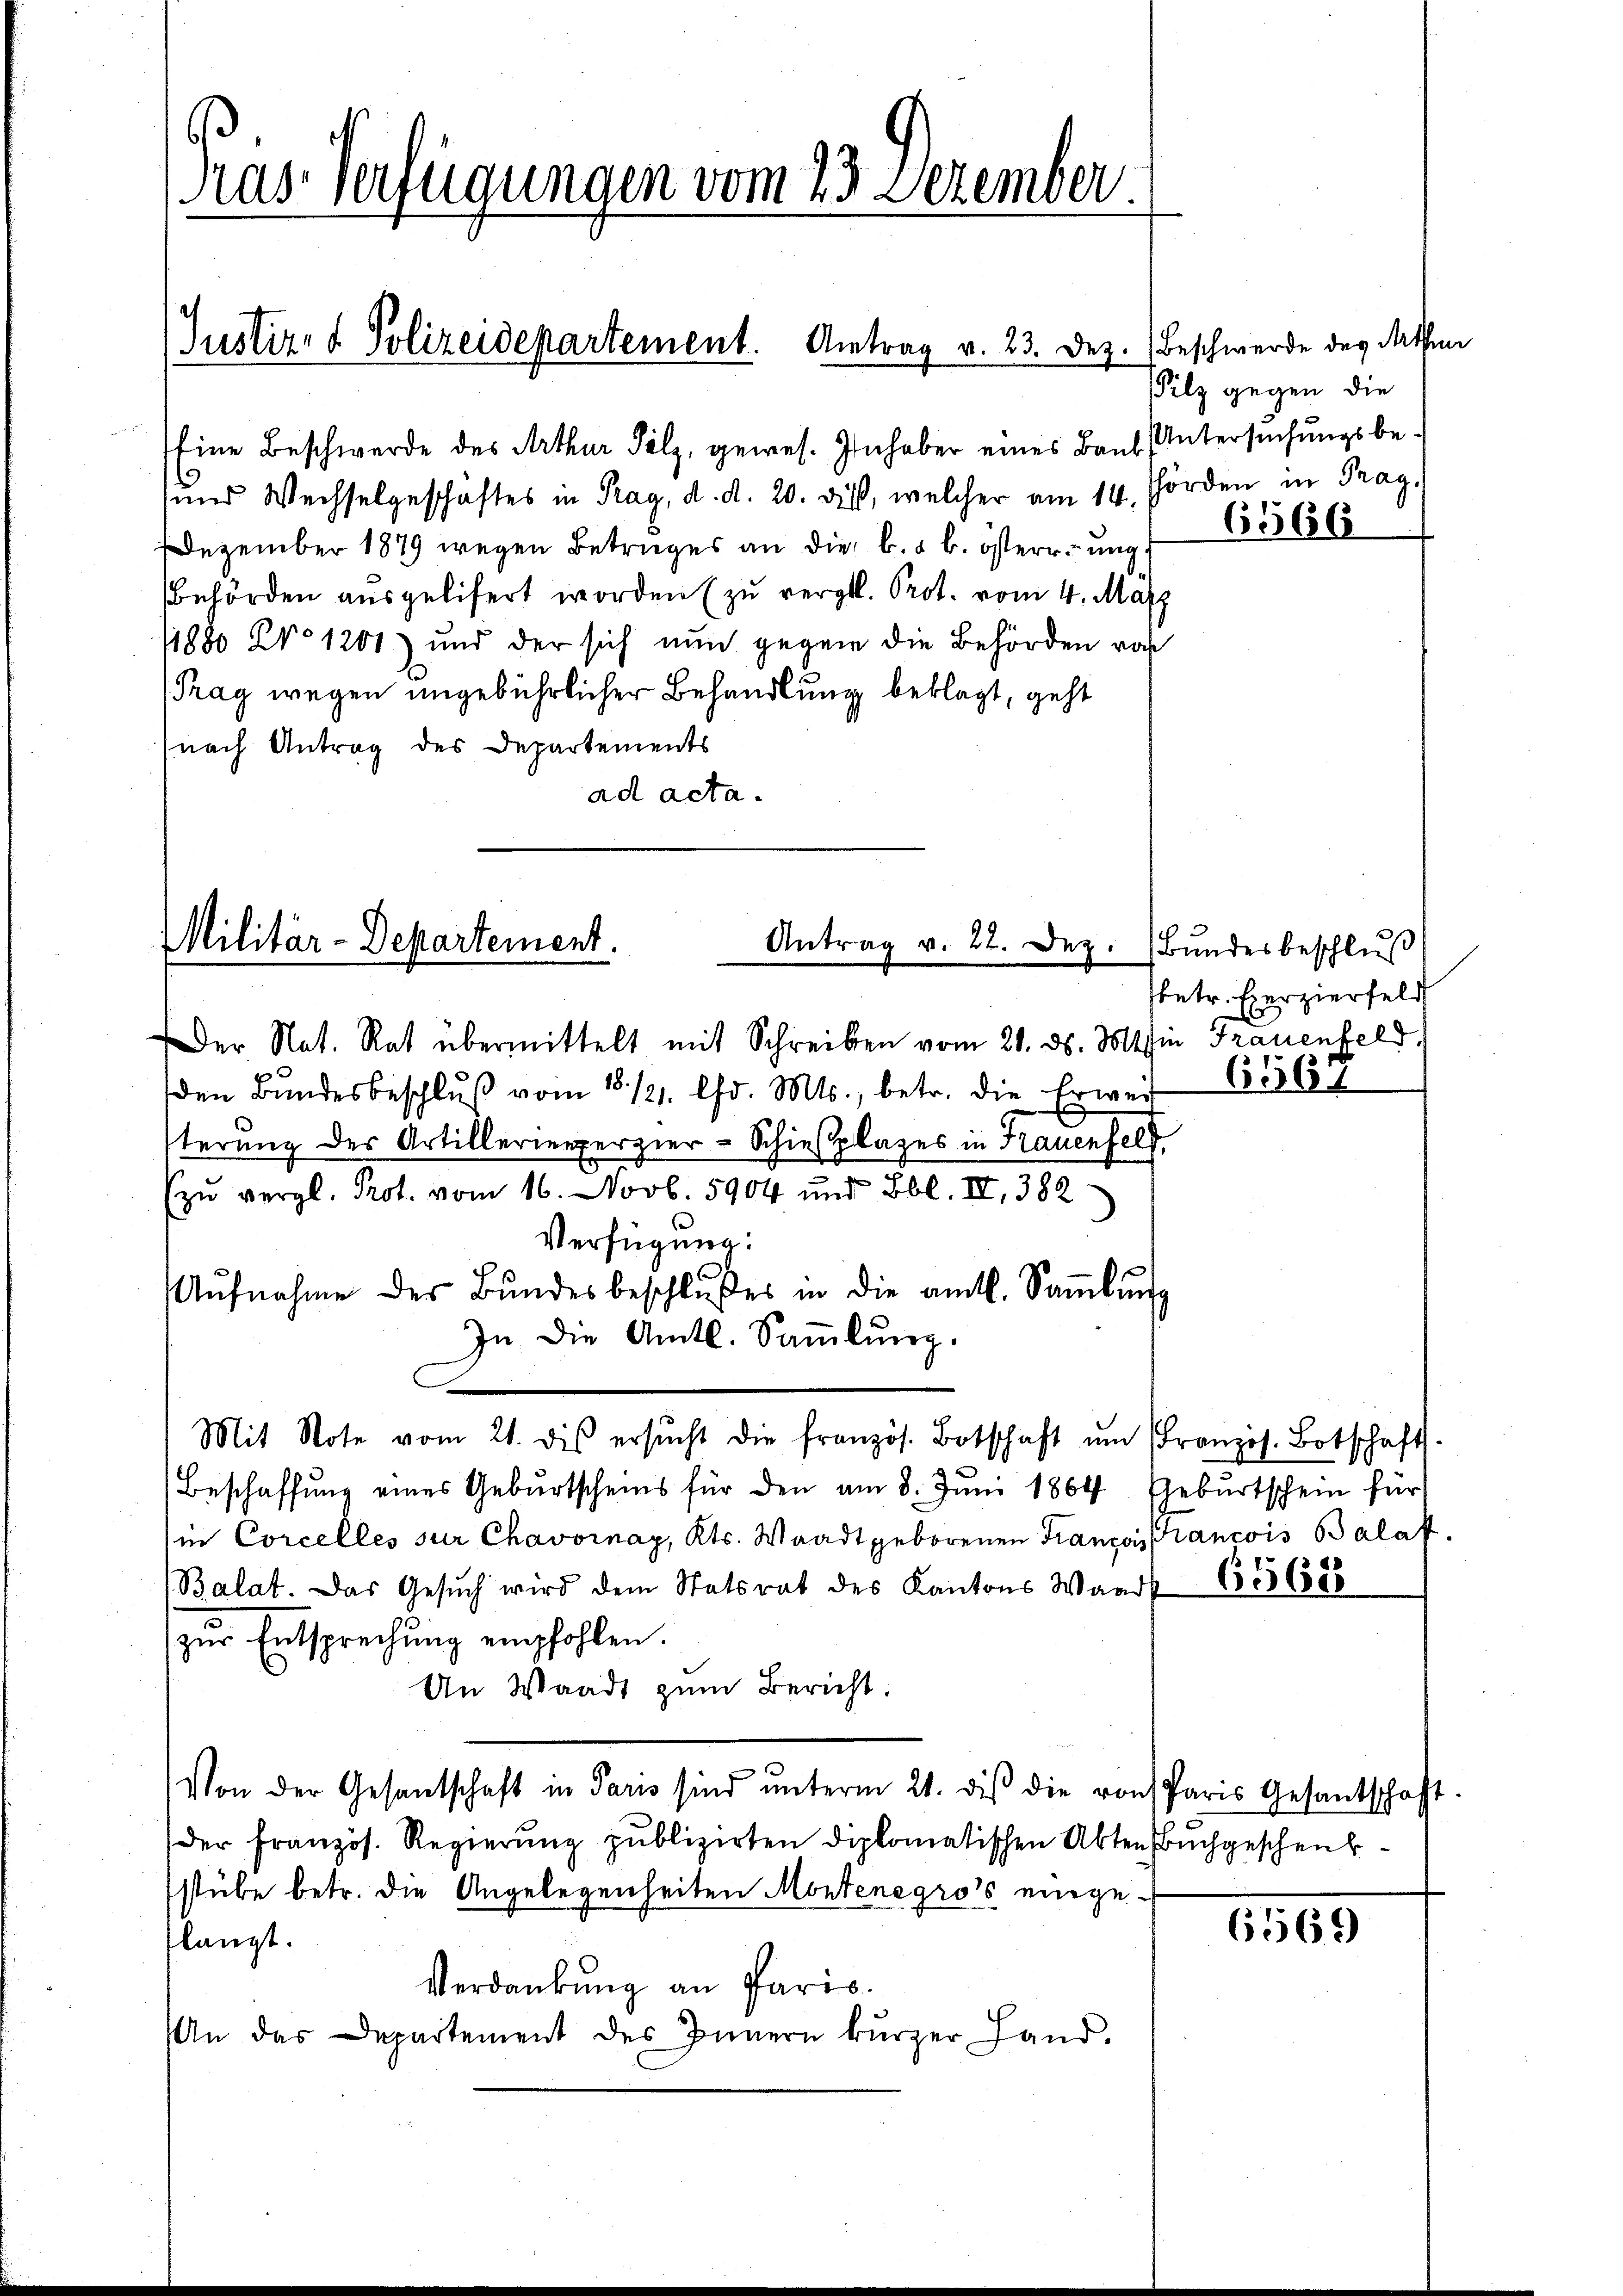
Eine Beschwerde des Arthur Salz, gewes. Inhaber eines Bauf Untersuchungsbe¬
und Wechselgeschäftes in Prag, d. d. 20. die, welcher am 14. Förden in Prag.
Dezember 1879 wegen Betruges an die k. k. österrung
Behörden ausgelisert worden (zu vergl. Prot. vom 4. Marz
1880 Pro. 1200) und der sich nun gegen die Behörden vor
Prag wegen angebührlicher Behandlung beklagt, geht
(nach Antrag des Departements
ad acta.

Pras. Verfügungen vom 23. Dezember.

Justiz- & Polizeidepartement. Antrag v. 23. Dez. (Beschwerde des Mathen

Militär-Departement.
Antrag v. 22. Dez.

Der Nat. Rat übermittelt mit Schreiben vom 21. ds. Mtsin Frauenfeld.
den Bŭndesbeschlŭβ vom 18. 121. Chr. Mts., betr. die Erwer
terung des Artillerieperzier-Schießplages in Frauenfeld
(zu vergl. Prot. vom 16. Novb. 5904 und Lbl. III 382
Verfügung:
Aŭfnahme des Bŭndesbeschlŭβes in die amtl. Saṁlŭng
In die Amtl. Saṁlŭng.
Mit Note vom 21. dis ersŭcht die französ. Botschaft ŭm Französ. Botschafts-
Beschaffung eines Geburtscheins für den am 8. Juni 1864. Geburtschein für
in Corcelles sur Chavornay, Kts. Waadt geborenen Françoissancois Balaf.
Balat. Das Gesŭch wird dem Statsrat des Kantons Waadt 653688
zŭr Entsprechŭng empfohlen.
An Waadt zum Bericht.
Von der Gesantschaft in Paris sind ŭnterm 21. dis die von Paris Gesantschaft.
der Französ. Regierung publizirten diplomatischen Akten Buchgeschenkstube betr. die Angelegenheiten Montenegro’s eingelangt.
Verdankung an Paris.
An das Departement des Innern kürzer Hand.

Pilz gegen die
6566

Bundesbeschluß
sbetr. Exerzierfeld
6567

6569